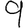
Digit: 9